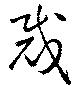
裁